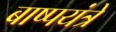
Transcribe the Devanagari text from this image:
बाष्पयंत्रे